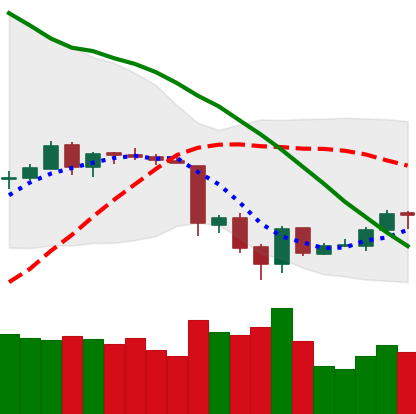
Ticker: ETH-USD
Chart end date: 2018-06-20
Forward return: -14.164%
Label: down_7plus